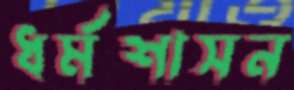
ধর্মশাসন